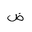
Letter: _dad